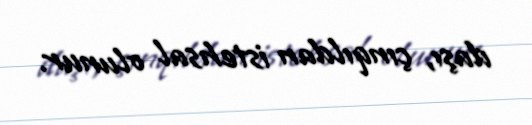
daşı, çınqıldan istehsal olunur.